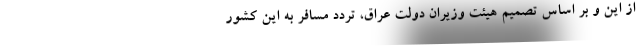
از این و بر اساس تصمیم هیئت وزیران دولت عراق، تردد مسافر به این کشور